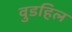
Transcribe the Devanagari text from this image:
वुडहिल